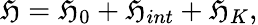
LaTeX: \mathfrak{H}=\mathfrak{H}_{0}+\mathfrak{H}_{int}+\mathfrak{H}_{K},